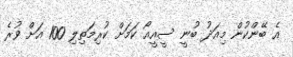
އެ ބޭންކުން މިއަދު ބުނީ ސީއީއޯ ކަމަށް ކުރިމަތިލި 100 އަށް ވުރެ